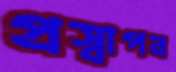
প্রস্বাপন